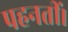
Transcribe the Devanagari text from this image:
पहनतीं।